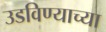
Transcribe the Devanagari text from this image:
उडविण्याच्या